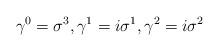
LaTeX: \begin{align*}{\gamma}^0 = {\sigma}^3 , {\gamma}^1 = i{\sigma}^1 , {\gamma}^2 = i{\sigma}^2 \end{align*}